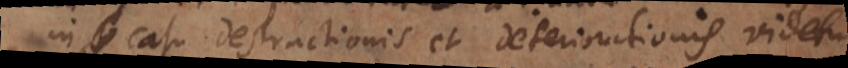
in casu destructionis et deteriorationis videtur